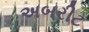
અબરીટ